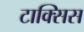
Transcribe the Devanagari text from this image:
टाक्सिस